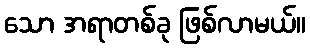
သော အရာတစ်ခု ဖြစ်လာမယ်။